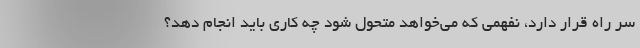
سر راه قرار دارد، نفهمی که می‌خواهد متحول شود چه کاری باید انجام دهد؟